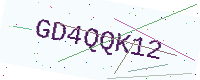
Text: GD4QQK12